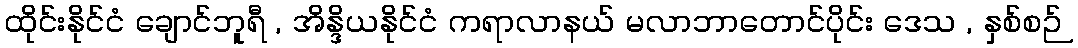
ထိုင်းနိုင်ငံ ချောင်ဘူရီ , အိန္ဒိယနိုင်ငံ ကရာလာနယ် မလာဘာတောင်ပိုင်း ဒေသ , နှစ်စဉ်